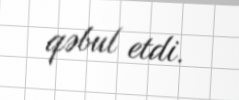
qəbul etdi.